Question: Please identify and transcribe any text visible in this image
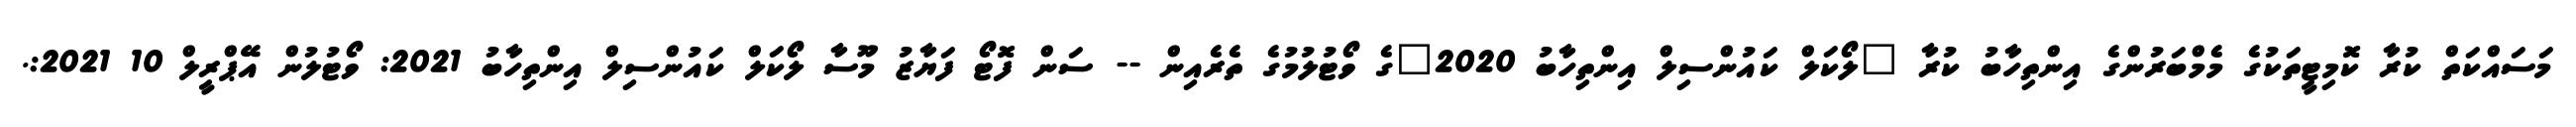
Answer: މަސައްކަތް ކުރާ ކޮމިޓީތަކުގެ މެމްބަރުންގެ އިންތިހާބު ކުރާ "ލޯކަލް ކައުންސިލް އިންތިހާބު 2020"ގެ ވޯޓުލުމުގެ ތެރެއިން -- ސަން ފޮޓޯ ފަޔާޒު މޫސާ ލޯކަލް ކައުންސިލް އިންތިހާބު 2021: ވޯޓުލުން އޭޕްރީލް 10 2021:.